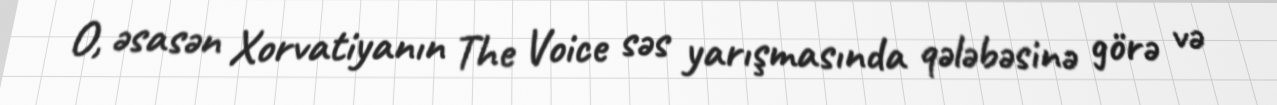
O, əsasən Xorvatiyanın The Voice səs yarışmasında qələbəsinə görə və